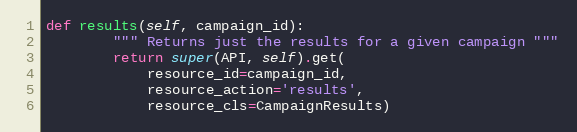
Language: Python
def results(self, campaign_id):
        """ Returns just the results for a given campaign """
        return super(API, self).get(
            resource_id=campaign_id,
            resource_action='results',
            resource_cls=CampaignResults)